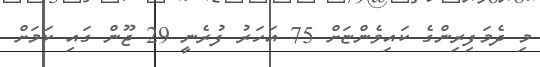
މި ދެމަފިރިންގެ ކައިވެންޏަށް 75 އަހަރު ފުރެނީ 29 ޖޫން ގައި ކަމަށް